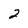
Character: 2